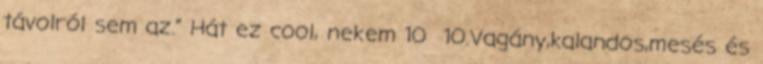
távolról sem az.” Hát ez cool, nekem 10 10.Vagány,kalandos,mesés és